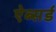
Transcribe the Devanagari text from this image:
ऐब्सर्ड